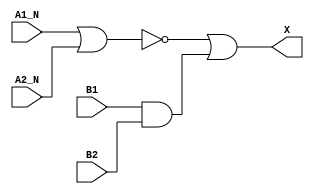
module sky130_fd_sc_lp__a2bb2o (
    X   ,
    A1_N,
    A2_N,
    B1  ,
    B2
);
    output X   ;
    input  A1_N;
    input  A2_N;
    input  B1  ;
    input  B2  ;
    wire and0_out ;
    wire nor0_out ;
    wire or0_out_X;
    and and0 (and0_out , B1, B2            );
    nor nor0 (nor0_out , A1_N, A2_N        );
    or  or0  (or0_out_X, nor0_out, and0_out);
    buf buf0 (X        , or0_out_X         );
endmodule